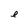
Character: e